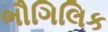
ભૌગિલિક